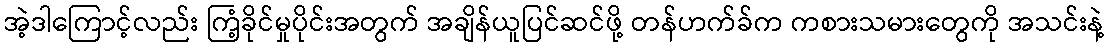
အဲ့ဒါကြောင့်လည်း ကြံ့ခိုင်မှုပိုင်းအတွက် အချိန်ယူပြင်ဆင်ဖို့ တန်ဟက်ခ်က ကစားသမားတွေကို အသင်းနဲ့